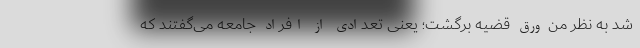
شد به نظر من ورق قضیه برگشت؛ یعنی تعدادی از افراد جامعه می‌گفتند که